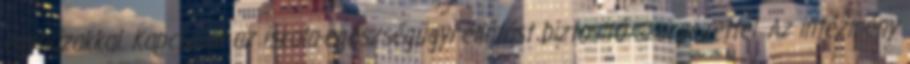
egyházakkal. Kapcsolat az iskola-egészségügyi ellátást biztosító szervezettel. Az intézmény